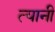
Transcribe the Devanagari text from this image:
त्‍यानी